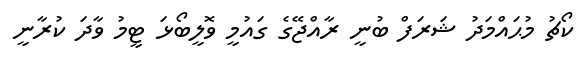
ކޯޗު މުޙައްމަދު ޝަރަފް ބުނީ ރާއްޖޭގެ ގައުމީ ވޮލީބޯޅަ ޓީމު ވާދަ ކުރާނީ